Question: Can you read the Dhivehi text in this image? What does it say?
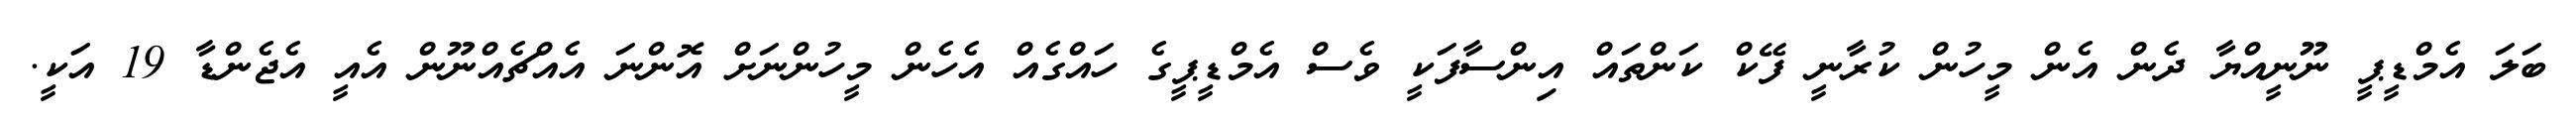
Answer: ބަލަ އެމްޑީޕީ ނޫނީއްޔާ ދެން އެން މީހުން ކުރާނީ ފޭކް ކަންތައް އިންސާފަކީ ވެސް އެމްޑީޕީގެ ހައްގެއް އެހެން މީހުންނަށް އޮންނަ އެއްޗެއްނޫން އެއީ އެޖެންޑާ 19 އަކީ.